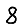
Digit: 8